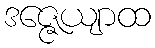
ဒဇ္ဇေယျာထ